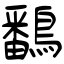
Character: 鷭